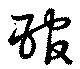
琯